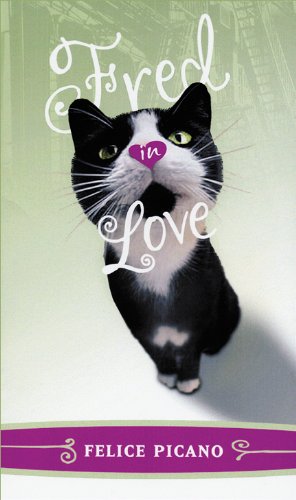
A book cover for Fred in Love; Felice Picano; Gay & Lesbian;